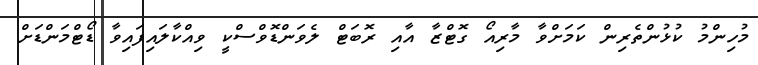
މުހިންމު ކުޅުންތެރިން ކަމަށްވާ މާރިއޯ ގޮޓްޒާ އާއި ރޮބަޓް ލެވަންޑޮވްސްކީ ވިއްކާލައިފައިވާ ޑޯޓްމަންޑަށް